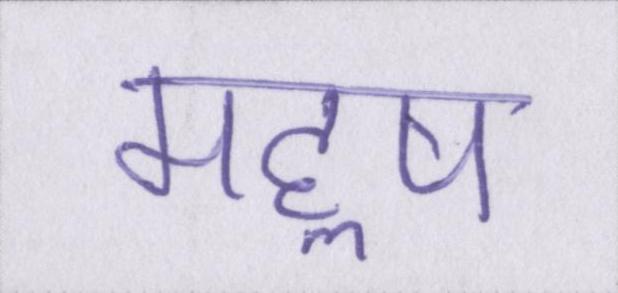
महॢष